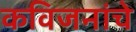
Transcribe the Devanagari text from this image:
कविजनांचे